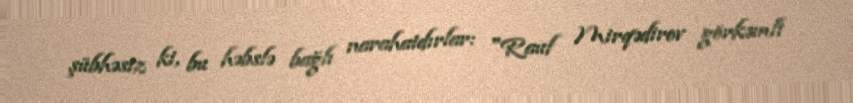
şübhəsiz ki, bu həbslə bağlı narahatdırlar: "Rauf Mirqədirov görkəmli